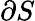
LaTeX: \partial S